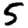
Digit: 5